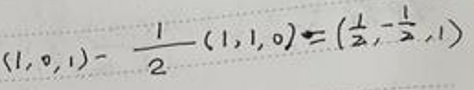
$(1,0,1)-\frac{1}{2}(1,1,0)=(\frac{1}{2},-\frac{1}{2},1)$